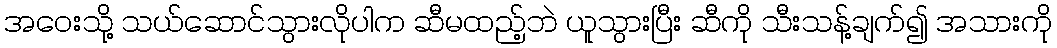
အဝေးသို့ သယ်ဆောင်သွားလိုပါက ဆီမထည့်ဘဲ ယူသွားပြီး ဆီကို သီးသန့်ချက်၍ အသားကို